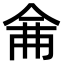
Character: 𠉙